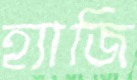
হ্যাজি